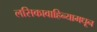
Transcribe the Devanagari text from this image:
लसिकावाहिन्यामधून